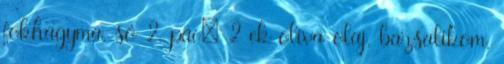
fokhagyma, só 2. pác: 2 ek olíva olaj, bazsalikom,